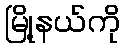
မြို့နယ်ကို